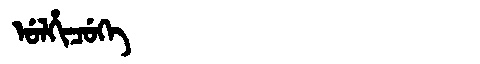
Manchu: ᡠᠯᡥᡳᠴᡠᡴᡝ
Romanization: ULHICUKE